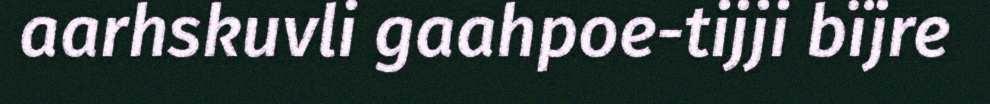
aarhskuvli gaahpoe-tijji bïjre